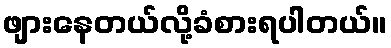
ဖျားနေတယ်လို့ခံစားရပါတယ်။